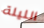
الليلة